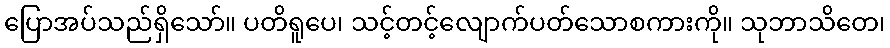
ပြောအပ်သည်ရှိသော်။ ပတိရူပေ၊ သင့်တင့်လျောက်ပတ်သောစကားကို။ သုဘာသိတေ၊